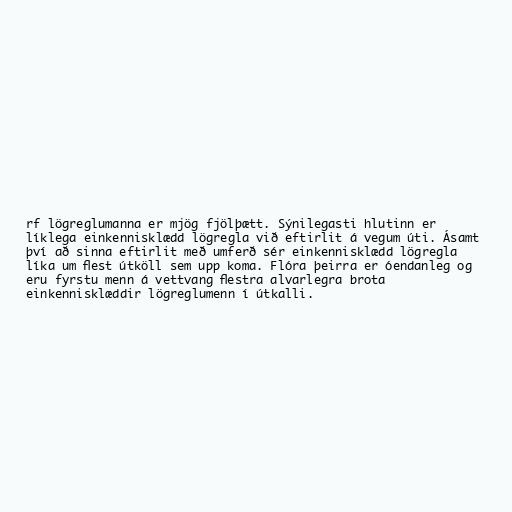
rf lögreglumanna er mjög fjölþætt. Sýnilegasti hlutinn er
líklega einkennisklædd lögregla við eftirlit á vegum úti. Ásamt
því að sinna eftirlit með umferð sér einkennisklædd lögregla
líka um flest útköll sem upp koma. Flóra þeirra er óendanleg og
eru fyrstu menn á vettvang flestra alvarlegra brota
einkennisklæddir lögreglumenn í útkalli.